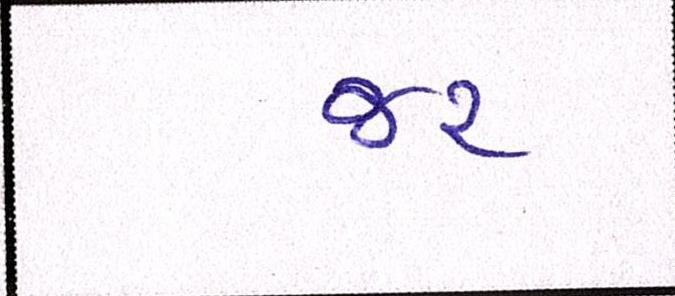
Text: જર